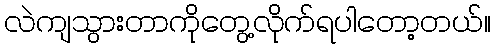
လဲကျသွားတာကိုတွေ့လိုက်ရပါတော့တယ်။